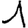
Digit: 1